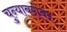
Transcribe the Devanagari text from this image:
चुन्याबरोबर